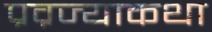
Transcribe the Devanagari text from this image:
प्रव्रज्याकथा